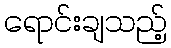
ရောင်းချသည့်